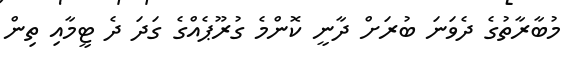
މުބާރާތުގެ ދެވަނަ ބުރަށް ދާނީ ކޮންމެ ގުރޫޕެއްގެ ގަދަ ދެ ޓީމާއި ތިން